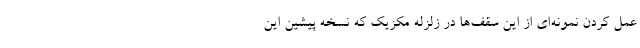
عمل کردن نمونه‌ای از این سقف‌ها در زلزله مکزیک که نسخه پیشین این